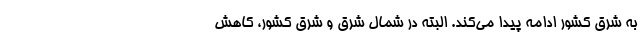
به شرق کشور ادامه پیدا می‌کند. البته در شمال شرق و شرق کشور، کاهش